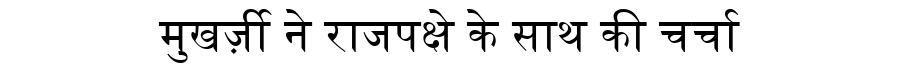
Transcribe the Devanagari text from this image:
मुखर्ज़ी ने राजपक्षे के साथ की चर्चा